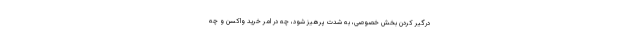
درگیر کردن بخش خصوصی، به شدت پرهیز شود، چه در امر خرید واکسن و چه